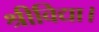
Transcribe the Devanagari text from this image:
श्रीविद्या।